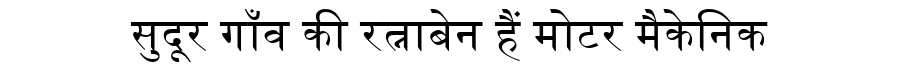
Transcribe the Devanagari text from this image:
सुदूर गाँव की रत्नाबेन हैं मोटर मैकेनिक